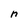
Character: n